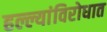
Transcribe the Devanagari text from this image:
हल्ल्यांविरोधात